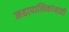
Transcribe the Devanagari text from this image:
महापालिकांनाही